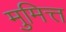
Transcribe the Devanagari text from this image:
मुमित्त